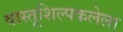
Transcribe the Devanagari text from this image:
वास्तूशिल्पकलेला